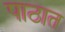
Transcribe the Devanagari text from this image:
पाठात